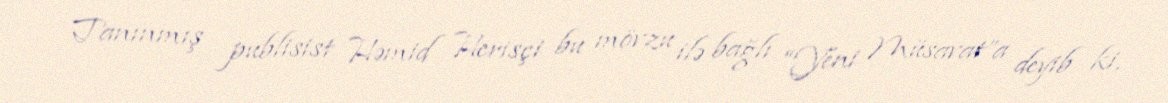
Tanınmış publisist Həmid Herisçi bu mövzu ilə bağlı “Yeni Müsavat”a deyib ki,